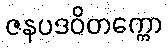
ဇနပဒဝိတက္ကော